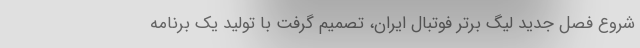
شروع فصل جدید لیگ برتر فوتبال ایران، تصمیم گرفت با تولید یک برنامه